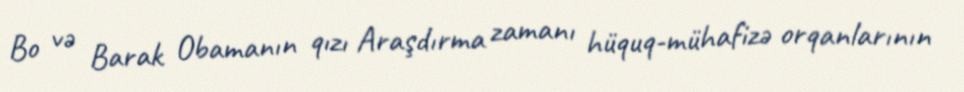
Bo və Barak Obamanın qızı Araşdırma zamanı hüquq-mühafizə orqanlarının